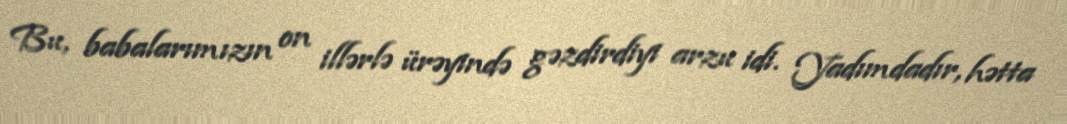
Bu, babalarımızın on illərlə ürəyində gəzdirdiyi arzu idi. Yadımdadır, hətta